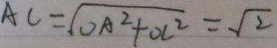
A C = \sqrt { O A ^ { 2 } + O C ^ { 2 } } = \sqrt { 2 }